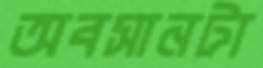
অবসানটা